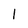
Character: 1